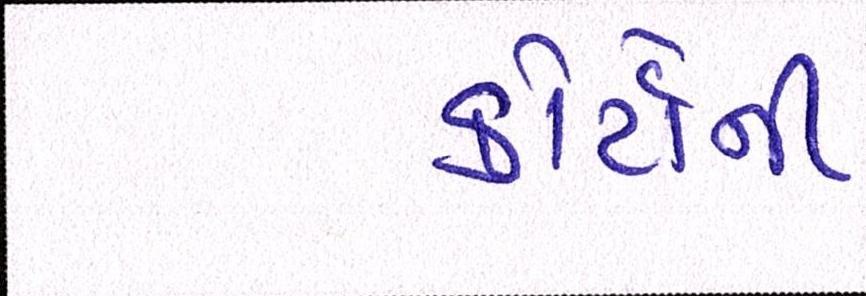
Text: કોર્ટોની